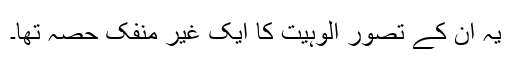
یہ ان کے تصور الوہیت کا ایک غیر منفک حصہ تھا۔